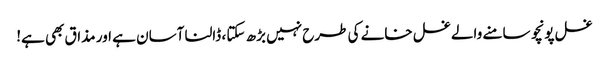
غسل پونچو سامنے والے غسل خانے کی طرح نہیں بڑھ سکتا ، ڈالنا آسان ہے اور مذاق بھی ہے!